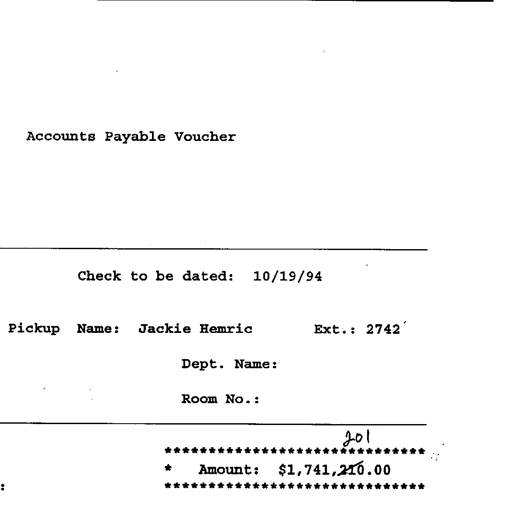
Accounts Payable Voucher

Check to be dated: 10/19/94

Pickup Name: Jackie Hemric Ext.: 2742

Dept. Name:

Room No.:

201
******************************
* Amount: $1,741,210.00
******************************